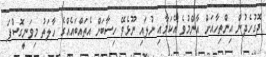
ދޮގުހެދުން އިންތިހާއަށް އާންމުވެ އެކަމާއި ނުލައި ނޫޅެވޭ ހިސާބަށް އެތައްބައެއްގެ ހާލަތު މިވަނީގޮސްފަ